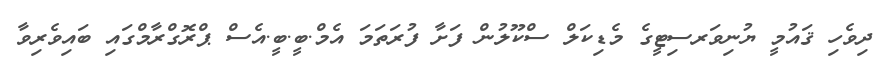
ދިވެހި ޤައުމީ ޔުނިވަރސިޓީގެ މެޑިކަލް ސްކޫލުން ފަށާ ފުރަތަމަ އެމް.ބީ.ބީ.އެސް ޕްރޮގްރާމްގައި ބައިވެރިވާ